King Institute of Preventive Medicine Bacteriolog. Section reports 1907-08
Year: 1907
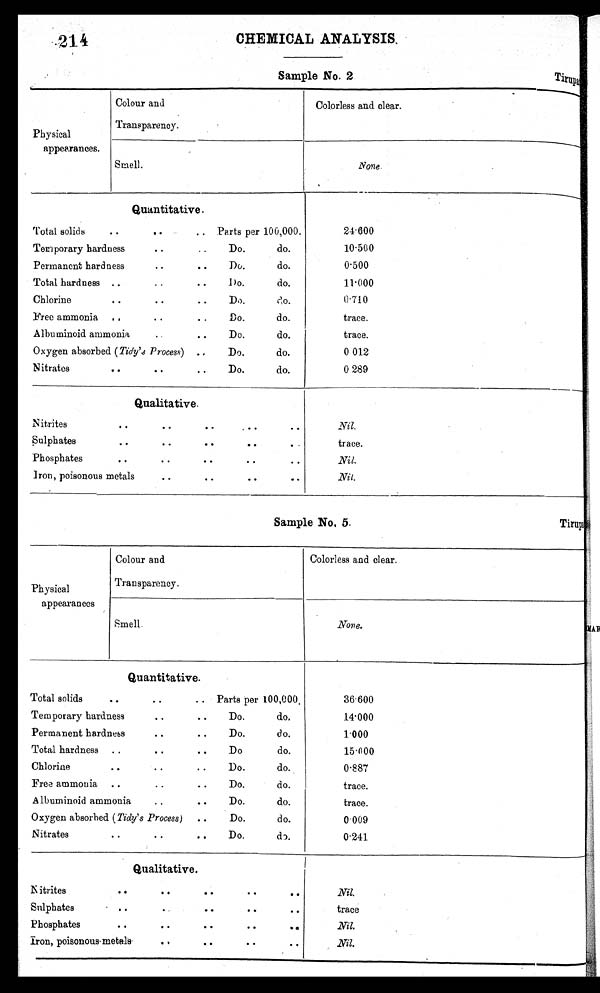
214
CHEMICAL ANALYSIS,
Sample No. 2
T i r u p a t h i
Physical
appearances.
Colour and
Transparency.
.
Colorless and clear.
None.
Smell.
Quantitative.
Total. solids
..
, .
.. Parts per 100,000.
Temporary hardness
• •
..
Do.
do.
Permanent hardness
• •
..
Do.
do.
Total hardness ..
..
• •
Do.
do.
d o .
Chlorine
..
• •
• •
Do.
Do.
do.
Free ammonia ..
..
• . Do.
Albuminoid ammonia
..
..
Do.
do.
Oxygen absorbed (Tidy'., Process) ..
Do.
do.
Nitrates
..
• •
Do.
do.
24.600
10.500
0.500
11.000
0.710
trace.
trace.
0 012
0 289
Qualitative.
Nitrites
..
• •
..
, • •
• •
Sulphates
..
..
• •
..
• .
Phosphates
..
• •
• •
• .
Iron, poisonous metals
..
• •
• •
..
Nil.
trace.
Nil.
Nil.
Sample No, 5.
T i r u p a t h i
Physical
appearances
Colour and
Transparency.
Colorless and clear.
Smell.
N o n e .
Quantitative.
Total solids
• •
• •
..
Parts per 100,000 .
Temporary hardness
• •
• •
Do.
do.
Permanent hardness
• •
• .
Do.
do.
Total hardness ..
..
• •
Do
do.
Chlorine
• .
• •
• •
Do.
do.
Free ammonia ..
..
• •
Do.
do.
A lbuminoid ammonia
..
• •
Do.
do.
Oxygen absorbed (Tidy's Process) ..
Do.
do.
Nitrates
• •
..
..
Do.
do.
3 6 . 6 0 0 1 4 . 0 0 0
1.000
15.000
0.887
trace.
trace.
0.009
0.241
Qualitative.
N itrites
• •
. •
• •
• .
• •
Sulphates
. ..
..
• •
• •
Ph osphates
• •
..
• •
..
•.
iron, poisonous-metals
..
• •
..
..
Nil.
trace
Nil.
Nil.